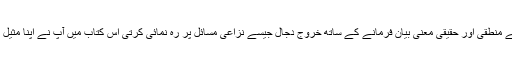
نُزول ،توفّی اور رفع جیسے الفاظ کے منطقی اور حقیقی معنی بیان فرمانے کے ساتھ خروجِ دجّال جیسے نزاعی مسائل پر رہ نمائی کرتی اس کتاب میں آپؑ نے اپنا مثیلِ مسیح ابنِ مریم ہونا ثابت فرمایا ہے۔